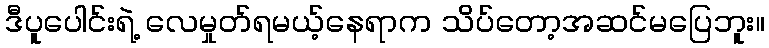
ဒီပူပေါင်းရဲ့ လေမှုတ်ရမယ့်နေရာက သိပ်တော့အဆင်မပြေဘူး။